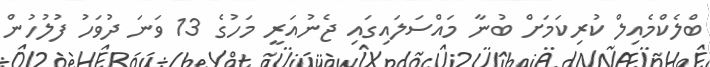
ބްލެކްމެއިލް ކުރިކަމަށް ބުނާ މައްސަލައިގައި ޖެނުއަރީ މަހުގެ 13 ވަނަ ދުވަހު ފުލުހުން